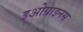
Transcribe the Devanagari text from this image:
इओग्राइनस